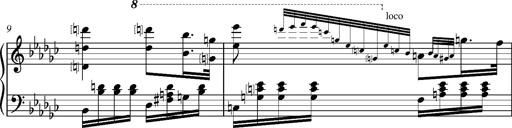
Title: Glasgow fragment, S.701f
Composer: Franz Liszt
Key: E-flat minor